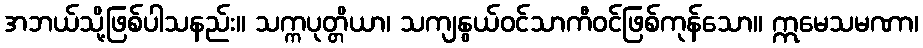
အဘယ်သို့ဖြစ်ပါသနည်း။ သက္ကပုတ္တိယာ၊ သကျနွယ်ဝင်သာကီဝင်ဖြစ်ကုန်သော။ ဣမေသမဏာ၊